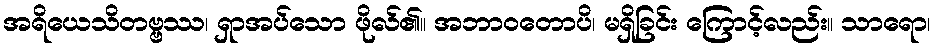
အရိယေသိတဗ္ဗဿ၊ ရှာအပ်သော ဖိုလ်၏။ အဘာဝတောပိ၊ မရှိခြင်း ကြောင့်လည်း။ သာရော၊